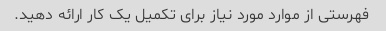
فهرستی از موارد مورد نیاز برای تکمیل یک کار ارائه دهید.